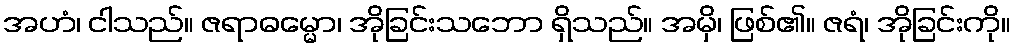
အဟံ၊ ငါသည်။ ဇရာဓမ္မော၊ အိုခြင်းသဘော ရှိသည်။ အမှိ၊ ဖြစ်၏။ ဇရံ၊ အိုခြင်းကို။